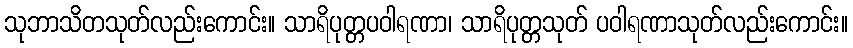
သုဘာသိတသုတ်လည်းကောင်း။ သာရိပုတ္တပဝါရဏာ၊ သာရိပုတ္တသုတ် ပဝါရဏာသုတ်လည်းကောင်း။